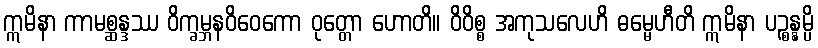
ဣမိနာ ကာမစ္ဆန္ဒဿ ဝိက္ခမ္ဘနဝိဝေကော ဝုတ္တော ဟောတိ။ ဝိဝိစ္စ အကုသလေဟိ ဓမ္မေဟီတိ ဣမိနာ ပဉ္စန္နမ္ပိ